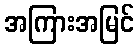
အကြားအမြင်